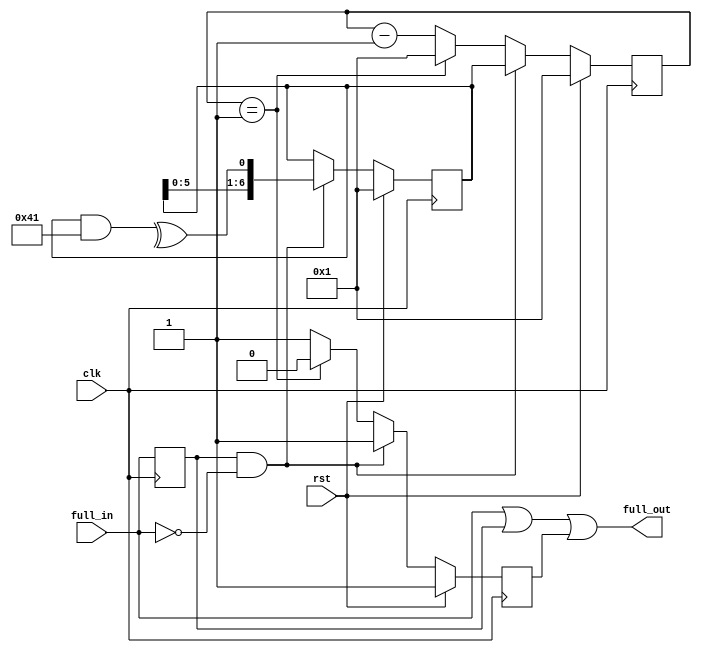
//
// EMI mitigation.
// Process FULL flag from FIFO so that de-assertion
// (FIFO now not FULL) is delayed by a pseudo random
// value, but assertion is passed straight through.
// 


module refill_randomizer
  #(parameter BITS=7)
    (
     input clk,
     input rst,
     input full_in,
     output full_out
     );
   
   wire 	    feedback;
   reg 	    full_last;
   wire     full_deasserts;
   reg [6:0] shift_reg;
   reg [6:0] count;
   reg 	     delayed_fall;
   

   always @(posedge clk)
     full_last <= full_in;
   
   assign    full_deasserts = full_last & ~full_in;

   // 7 bit LFSR
   always @(posedge clk)
     if (rst)
       shift_reg <= 7'b1;
     else
       if (full_deasserts)
	 shift_reg <= {shift_reg[5:0],feedback};

   assign    feedback = ^(shift_reg & 7'h41);

   always @(posedge clk)
     if (rst)
       begin
	  count <= 1;
	  delayed_fall  <= 1;
       end
     else if (full_deasserts)
       begin
	  count <= shift_reg;
	  delayed_fall <= 1;
       end
     else if (count == 1)
       begin
	  count <= 1;
	  delayed_fall <= 0;
       end
     else
       begin
	  count <= count - 1;
	  delayed_fall <= 1;
       end
   
   // Full_out goes instantly high if full_in does. However its fall is delayed.
   assign    full_out = (full_in == 1) || (full_last == 1) || delayed_fall;

endmodule